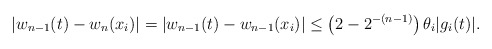
\begin{align*}|w_{n-1} (t) - w_n (x_i)| = |w_{n-1}(t) - w_{n-1}(x_i)| \leq \left( 2- 2^{-(n-1)}\right) \theta_i |g_i (t)|.\end{align*}